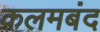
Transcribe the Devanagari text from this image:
क़लमबंद